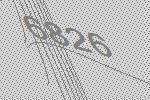
6826